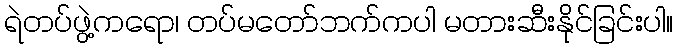
ရဲတပ်ဖွဲ့ကရော၊ တပ်မတော်ဘက်ကပါ မတားဆီးနိုင်ခြင်းပါ။